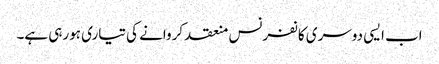
اب ایسی دوسری کانفرنس منعقد کروانے کی تیاری ہورہی ہے۔